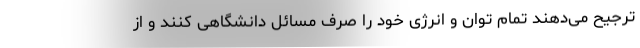
ترجیح می‌دهند تمام توان و انرژی خود را صرف مسائل دانشگاهی کنند و از